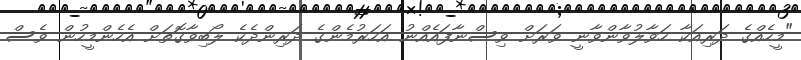
"މީހެއްގެ ދަރިއަކާ ހަވާލުވާންވާނީ ވަރަށް ވިސްނާފައެއްނު އަހަރުމެންގެ ދަރިންދެކެ ލޯބިވާގޮތަށް އެހެންމީހުން ވެސް